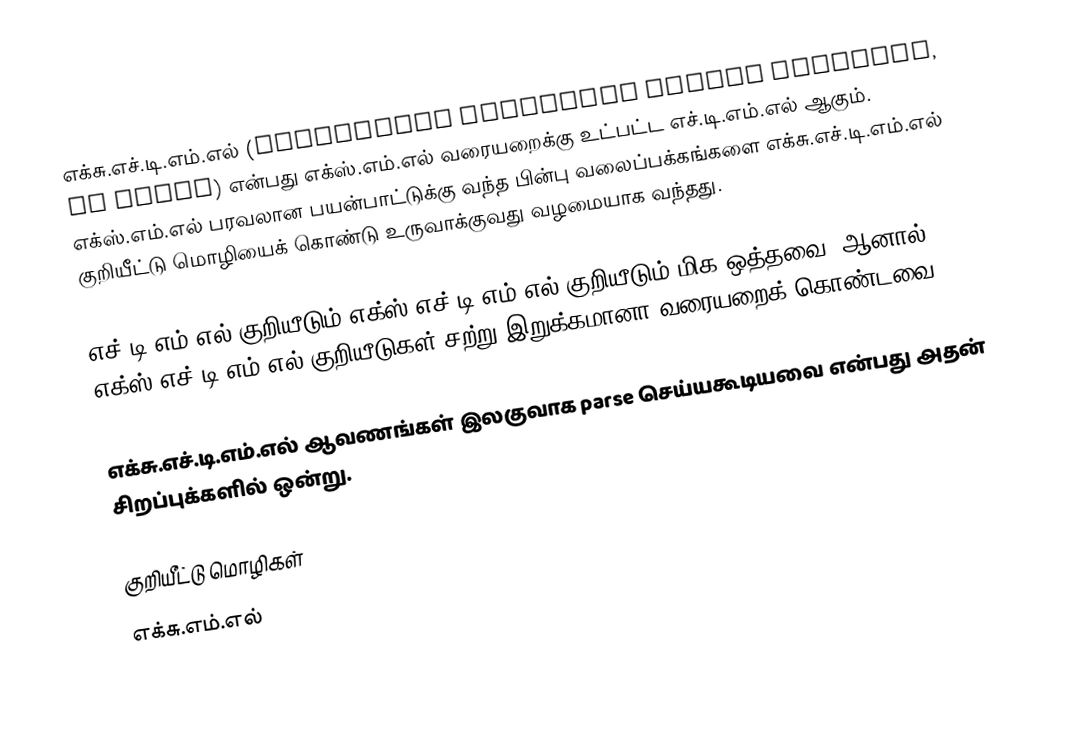
எக்சு.எச்.டி.எம்.எல் (Extensible Hypertext Markup Language, or XHTML) என்பது எக்ஸ்.எம்.எல் வரையறைக்கு உட்பட்ட எச்.டி.எம்.எல் ஆகும். எக்ஸ்.எம்.எல் பரவலான பயன்பாட்டுக்கு வந்த பின்பு வலைப்பக்கங்களை எக்சு.எச்.டி.எம்.எல் குறியீட்டு மொழியைக் கொண்டு உருவாக்குவது வழமையாக வந்தது.

எச்.டி.எம்.எல் குறியீடும் எக்ஸ்.எச்.டி.எம்.எல் குறியீடும் மிக ஒத்தவை. ஆனால் எக்ஸ்.எச்.டி.எம்.எல் குறியீடுகள் சற்று இறுக்கமானா வரையறைக் கொண்டவை.

எக்சு.எச்.டி.எம்.எல் ஆவணங்கள் இலகுவாக parse செய்யகூடியவை என்பது அதன் சிறப்புக்களில் ஒன்று.

குறியீட்டு மொழிகள்
எக்சு.எம்.எல்